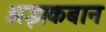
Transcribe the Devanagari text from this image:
अझकबान